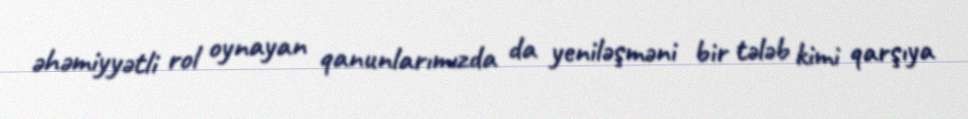
əhəmiyyətli rol oynayan qanunlarımızda da yeniləşməni bir tələb kimi qarşıya